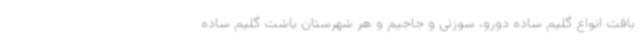
بافت انواع گلیم ساده دورو، سوزنی و جاجیم و هر شهرستان باشت گلیم ساده